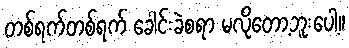
တစ်ရက်တစ်ရက် ခေါင်းခဲစရာ မလိုတော့ဘူးပေါ့။